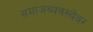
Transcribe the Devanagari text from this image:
समाजव्यवस्थेवर